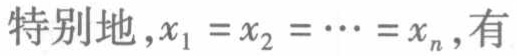
特别地，\(x_1 = x_2 = \cdots = x_n\)，有